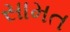
સામત